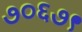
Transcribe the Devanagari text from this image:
७०६७९